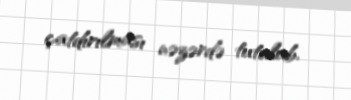
çatdırılması nəzərdə tutulub.